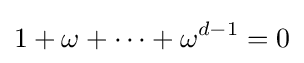
1+\omega +\cdots +\omega ^{d-1}=0